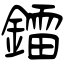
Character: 鐳